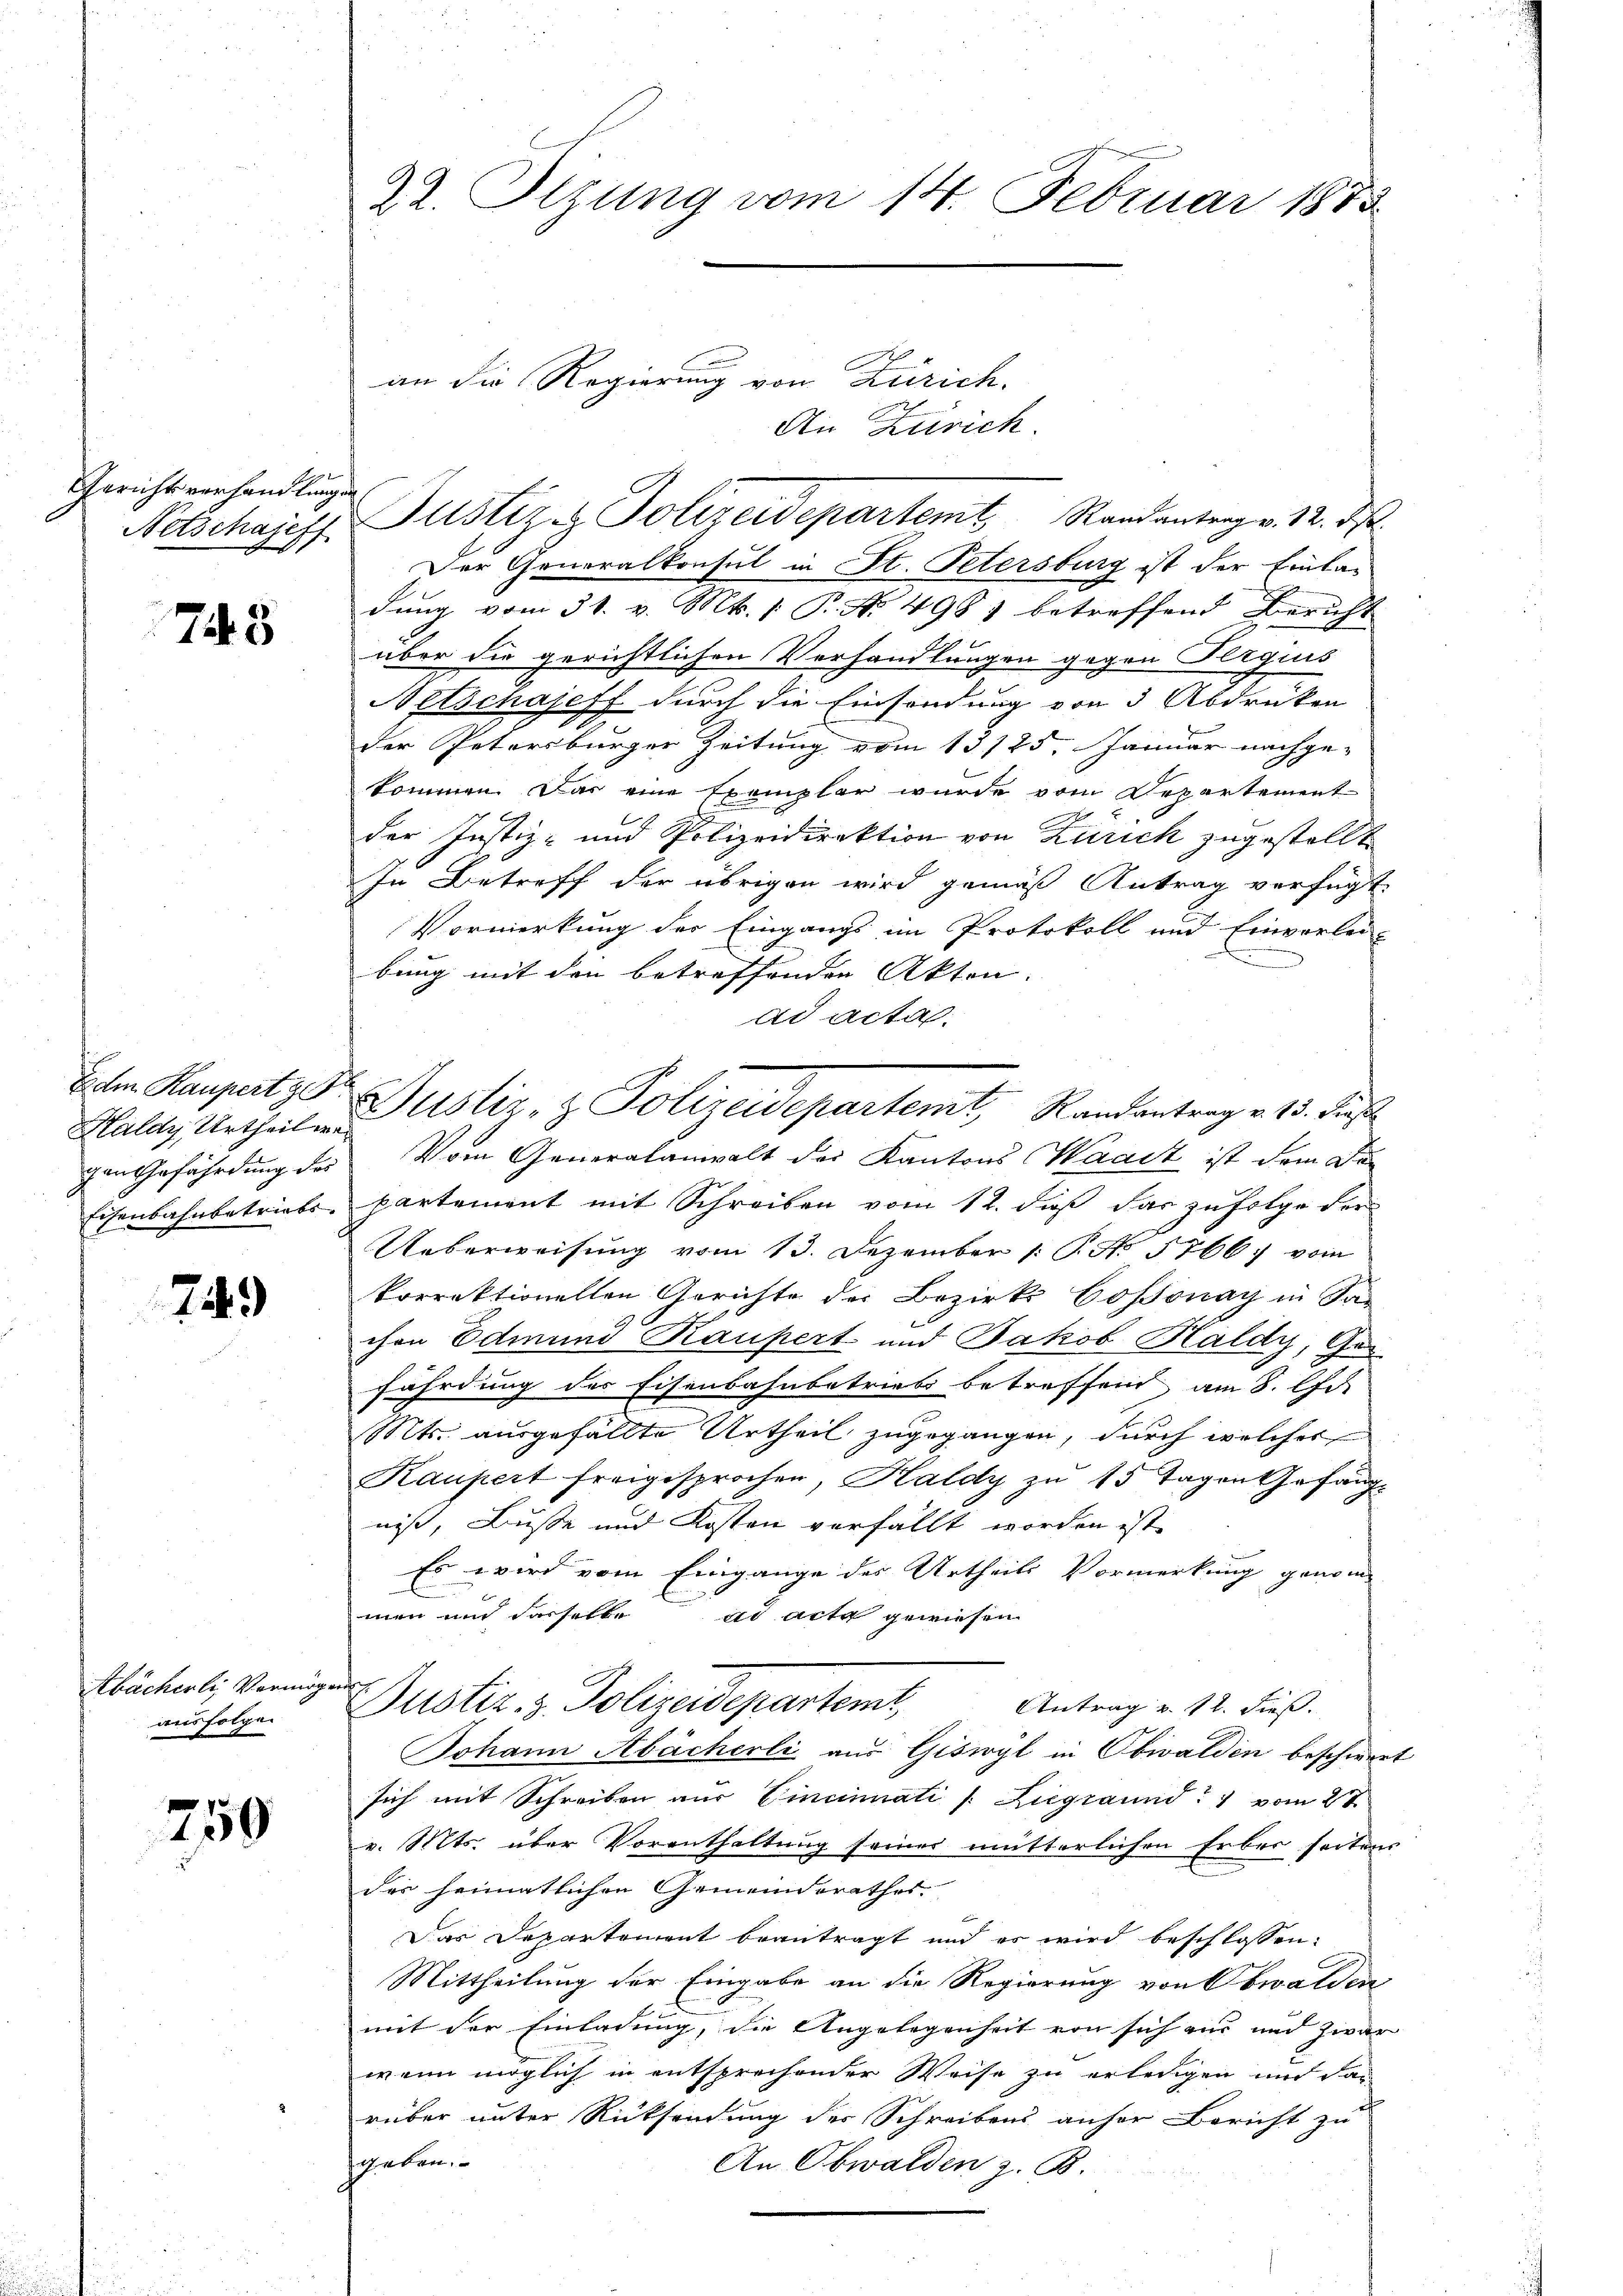
App
Gerichtsverhandlung
Netschajeff

745

Haldy, Urtheil we¬

749

Kbächerli, Vermöge
ausfolgen

750

22. Sizung vom 14. Februar 1873

an die Regierung von Zürich.
An Zürich.
i
Der Generalkonsul in St. Petersburg ist der Einladung vom 31. v. Mts. 1 P. No 498) betreffend Bericht
über die gerichtlichen Verhandlungen gegen Pergis
Aetschajeff durch die Einsendung von 3 Abdrüken
u
der Petersburger Zeitung vom 13125. Januar nachge-
kommen. Das eine Exemplar wurde vom Departement
der Justiz- und Polizeidirektion von Zürich zugestellt
In Betreff der übrigen wird gemäß Antrag verfügt:
Vormerkung der Eingangs im Protokoll und Einverlei-
bung mit den betreffenden Akten.
ad acta.
Ehen Kaupert zur Justiz- & Polizeidepartent Randantrag v. 15. Dies
gen Gefährdung des Vom Generalanwalt der Kantons Waadt ist dem De¬
Eisenbahnbetriebs-partement mit Schreiben vom 12. dieß das zufolge der
Ueberweisung vom 13. Dezember 1. P. N. 5766; vom
korrektionellen Gerichte der Bezirks Cossonay in Sa
chen Edmund Kaufert und Jakob Haldy, Gen
fährdung des Eisenbahnbetrieb betreffend am 8. d.
Mts. ausgefällte Urtheil zugegangen, durch welches
Kaupert freigesprochen, Kaldy zu 15 Tagen Gefängnis, Busse und Kosten verfällt worden ist,
Es wird vom Eingange des Urtheils Vormerkung genom
man auch dasselbe ad acta gewiesen
and
Justiz- & Polizeidepartemt,
Antrag v. 12. dieß.
Johann Abächerli aus Giswyl in Obwalden beschwert
sich mit Schreiben aus Eincinati /: Liegraund) vom 2te
v. Mts. über Vorenthaltung seiner mitterlichen Erber seitens
des heimatlichen Gemeinderathes.
Das Departement beantragt und es wird beschlossen:
Mittheilung der Eingabe an die Regierung von Obwalden
mit der Einladung, die Angelegenheit von sich aus und zwar
wenn möglich in entsprechender Weise zu erledigen und das
rüber unter Rücksendung der Schreibens anher Bericht zu
geben.
An Obwalden z. B.

Justiz & Polizeidepartemt Randantrag v. 12. ds.